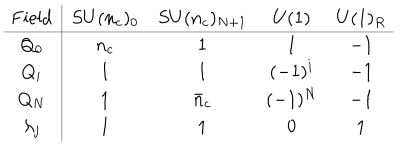
\begin{array} { } { { ] { c | c c c c } \mathrm { F i e l d } } } & { { S U ( n _ { c } ) _ { 0 } } } & { { S U ( n _ { c } ) _ { N + 1 } } } & { { U ( 1 ) } } & { { U ( 1 ) _ { R } } } \\ \hline { { Q _ { 0 } } } & { { n _ { c } } } & { { 1 } } & { { 1 } } & { { - 1 } } \\ { { Q _ { i } } } & { { 1 } } & { { 1 } } & { { ( - 1 ) ^ { i } } } & { { - 1 } } \\ { { Q _ { N } } } & { { 1 } } & { { \bar { n } _ { c } } } & { { ( - 1 ) ^ { N } } } & { { - 1 } } \\ { { \lambda _ { j } } } & { { 1 } } & { { 1 } } & { { 0 } } & { { 1 } } \\ \end{array}